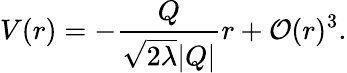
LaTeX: V(r)=-\frac{Q}{\sqrt{2\lambda}|Q|}r+{\cal{O}}(r)^{3}.